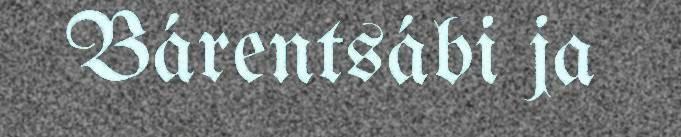
Bárentsábi ja